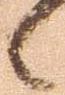
候